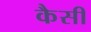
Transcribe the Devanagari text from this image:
कैसीं